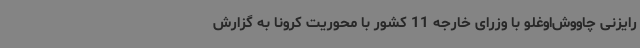
رایزنی چاووش‌اوغلو با وزرای خارجه 11 کشور با محوریت کرونا به گزارش